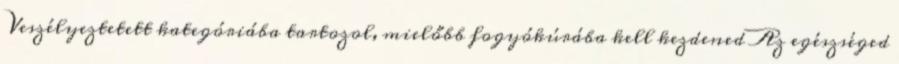
Veszélyeztetett kategóriába tartozol, mielőbb fogyókúrába kell kezdened Az egészséged